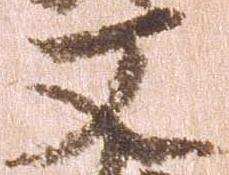
又